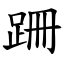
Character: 跚